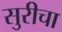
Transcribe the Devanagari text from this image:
सुरीचा